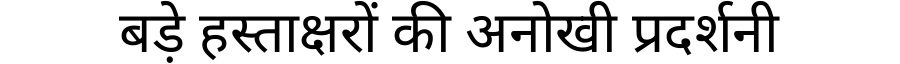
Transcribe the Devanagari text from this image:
बड़े हस्ताक्षरों की अनोखी प्रदर्शनी